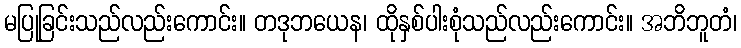
မပြုခြင်းသည်လည်းကောင်း။ တဒုဘယေန၊ ထိုနှစ်ပါးစုံသည်လည်းကောင်း။ အဘိဘူတံ၊